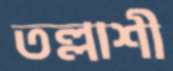
তল্লাশী